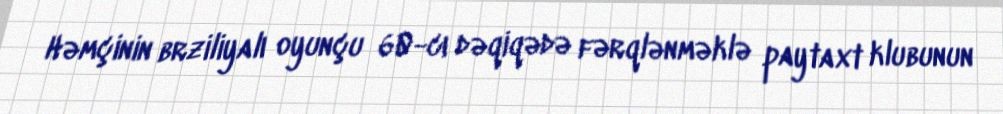
Həmçinin brziliyalı oyunçu 60-cı dəqiqədə fərqlənməklə paytaxt klubunun